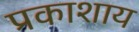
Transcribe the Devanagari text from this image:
प्रकाशाय